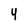
Character: 4